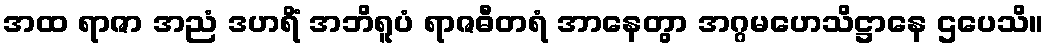
အထ ရာဇာ အညံ ဒဟရိံ အဘိရူပံ ရာဇဓီတရံ အာနေတွာ အဂ္ဂမဟေသိဋ္ဌာနေ ဌပေသိ။